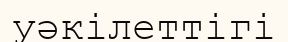
уәкілеттігі